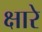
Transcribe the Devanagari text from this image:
क्षारे